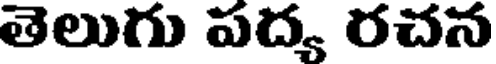
తెలుగు పద్య రచన